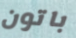
باتون